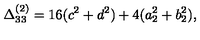
\Delta _ { 3 3 } ^ { ( 2 ) } = 1 6 ( c ^ { 2 } + d ^ { 2 } ) + 4 ( a _ { 2 } ^ { 2 } + b _ { 2 } ^ { 2 } ) ,